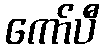
ကော်ပီ